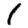
Digit: 1